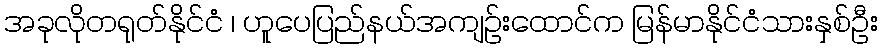
အခုလိုတရုတ်နိုင်ငံ ၊ ဟူပေပြည်နယ်အကျဉ်းထောင်က မြန်မာနိုင်ငံသားနှစ်ဦး